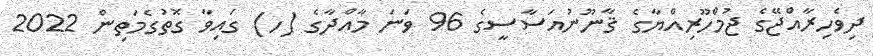
ދިވެހިރާއްޖޭގެ ޖުމްހޫރިއްޔާގެ ޤާނޫނުއަސާސީގެ 96 ވަނަ މާއްދާގެ (ހ) ގައިވާ ގޮތުގެމަތިން 2022